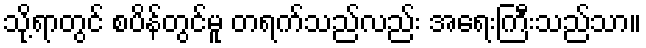
သို့ရာတွင် စပိန်တွင်မူ တရက်သည်လည်း အရေးကြီးသည်သာ။